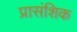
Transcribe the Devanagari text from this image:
प्रासंशिक